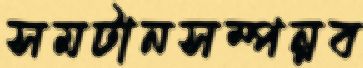
সমটানসম্পন্নব